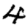
Digit: 4